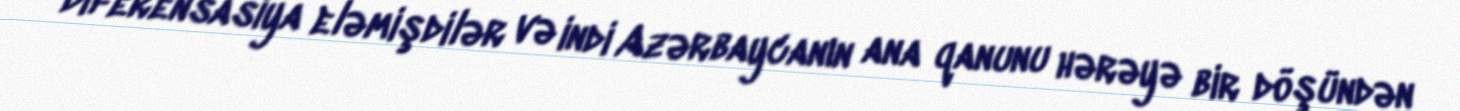
diferensasiya eləmişdilər və indi Azərbaycanın ana qanunu hərəyə bir döşündən